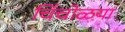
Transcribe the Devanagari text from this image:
चिंचोळया